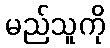
မည်သူကို